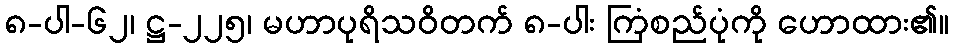
၈-ပါ-၆၂၊ ဋ္ဌ-၂၂၅၊ မဟာပုရိသဝိတက် ၈-ပါး ကြံစည်ပုံကို ဟောထား၏။